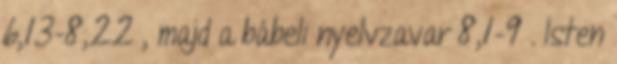
6,13-8,22 , majd a bábeli nyelvzavar 8,1-9 . Isten